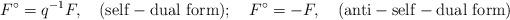
LaTeX: \begin{align*}F^\circ =q^{-1}F,\quad {\rm (self-dual\ form)}; \quad F^\circ =-F,\quad{\rm (anti-self-dual\ form)}\end{align*}